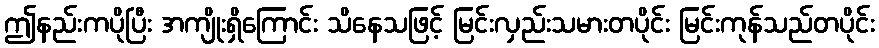
ဤနည်းကပိုပြီး အကျိုးရှိကြောင်း သိနေသဖြင့် မြင်းလှည်းသမားတပိုင်း မြင်းကုန်သည်တပိုင်း